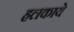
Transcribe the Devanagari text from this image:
हलकाये